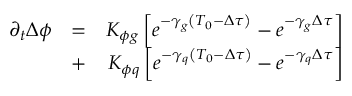
\begin{array} { r l r } { \partial _ { t } \Delta \phi } & { = } & { K _ { \phi g } \left[ e ^ { - \gamma _ { g } \left( T _ { 0 } - \Delta \tau \right) } - e ^ { - \gamma _ { g } \Delta \tau } \right] } \\ & { + } & { K _ { \phi q } \left[ e ^ { - \gamma _ { q } \left( T _ { 0 } - \Delta \tau \right) } - e ^ { - \gamma _ { q } \Delta \tau } \right] } \end{array}